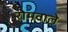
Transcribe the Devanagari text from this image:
रोमवाले